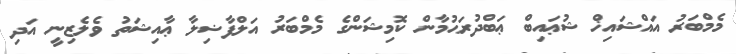
މެމްބަރު އައްޝައިޚް ޝުޢައިބް ޢަބްދުރަޙުމާން ކޮމިޝަންގެ މެމްބަރު އަލްފާޟިލާ ޢާއިޝަތު ވެލެޒިނީ އަދި